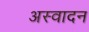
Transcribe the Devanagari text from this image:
अस्वादन